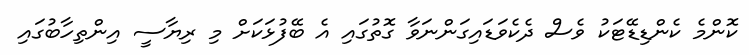
ކޮންމެ ކެންޑިޑޭޓަކު ވެސް ދެކެވަޑައިގަންނަވާ ގޮތުގައި އެ ބޭފުޅަކަށް މި ރިޔާސީ އިންތިހާބުގައި